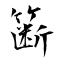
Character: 簖